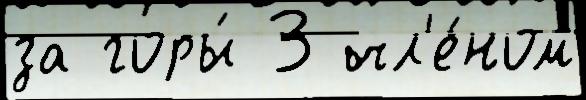
за горы́ 3 чл'е́ном